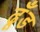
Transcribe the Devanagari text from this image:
ढूँड